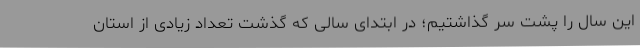
این سال را پشت سر گذاشتیم؛ در ابتدای سالی که گذشت تعداد زیادی از استان